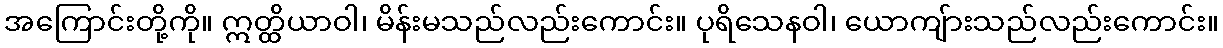
အကြောင်းတို့ကို။ ဣတ္ထိယာဝါ၊ မိန်းမသည်လည်းကောင်း။ ပုရိသေနဝါ၊ ယောကျ်ားသည်လည်းကောင်း။